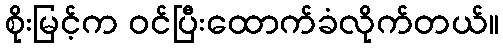
စိုးမြင့်က ဝင်ပြီးထောက်ခံလိုက်တယ်။